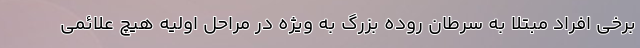
برخی افراد مبتلا به سرطان روده بزرگ به ویژه در مراحل اولیه هیچ علائمی